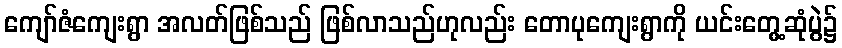
ကျော်ဇံကျေးရွာ အလတ်ဖြစ်သည် ဖြစ်လာသည်ဟုလည်း တောပုကျေးရွာကို ယင်းတွေ့ဆုံပွဲ၌